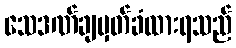
သေဒဏ်ချမှတ်ခံထားရသည်